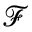
\mathcal F